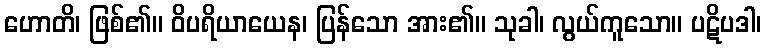
ဟောတိ၊ ဖြစ်၏။ ဝိပရိယာယေန၊ ပြန်သော အား၏။ သုခါ၊ လွယ်ကူသော။ ပဋိပဒါ၊